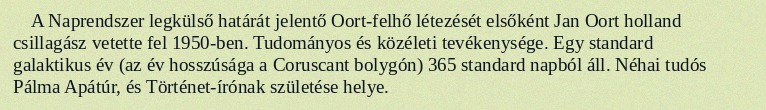
A Naprendszer legkülső határát jelentő Oort-felhő létezését elsőként Jan Oort holland csillagász vetette fel 1950-ben. Tudományos és közéleti tevékenysége. Egy standard galaktikus év (az év hosszúsága a Coruscant bolygón) 365 standard napból áll. Néhai tudós Pálma Apátúr, és Történet-írónak születése helye.